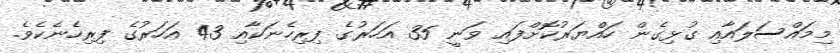
މިމައްސަލައާއި ގުޅިގެން ހައްޔަރުކޮށްފައި ވަނީ 35 އަހަރުގެ ފިރިހެނަކާއި 43 އަހަރުގެ ފިރިހެނެކެވެ.